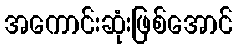
အကောင်းဆုံးဖြစ်အောင်